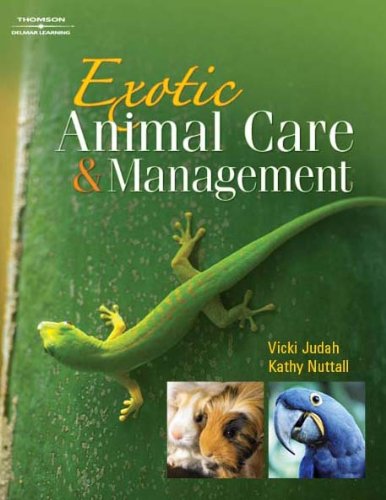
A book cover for Exotic Animal Care and Management (Veterinary Technology); Vicki Judah; Medical Books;